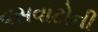
વસવાટોની